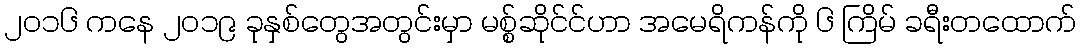
၂၀၁၆ ကနေ ၂၀၁၉ ခုနှစ်တွေအတွင်းမှာ မစ္စ်ဆိုင်င်ဟာ အမေရိကန်ကို ၆ ကြိမ် ခရီးတထောက်